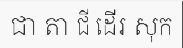
ជា តា ជី ដើរ សុក